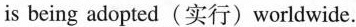
is being adopted(实行)worldwide.